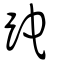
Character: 跎